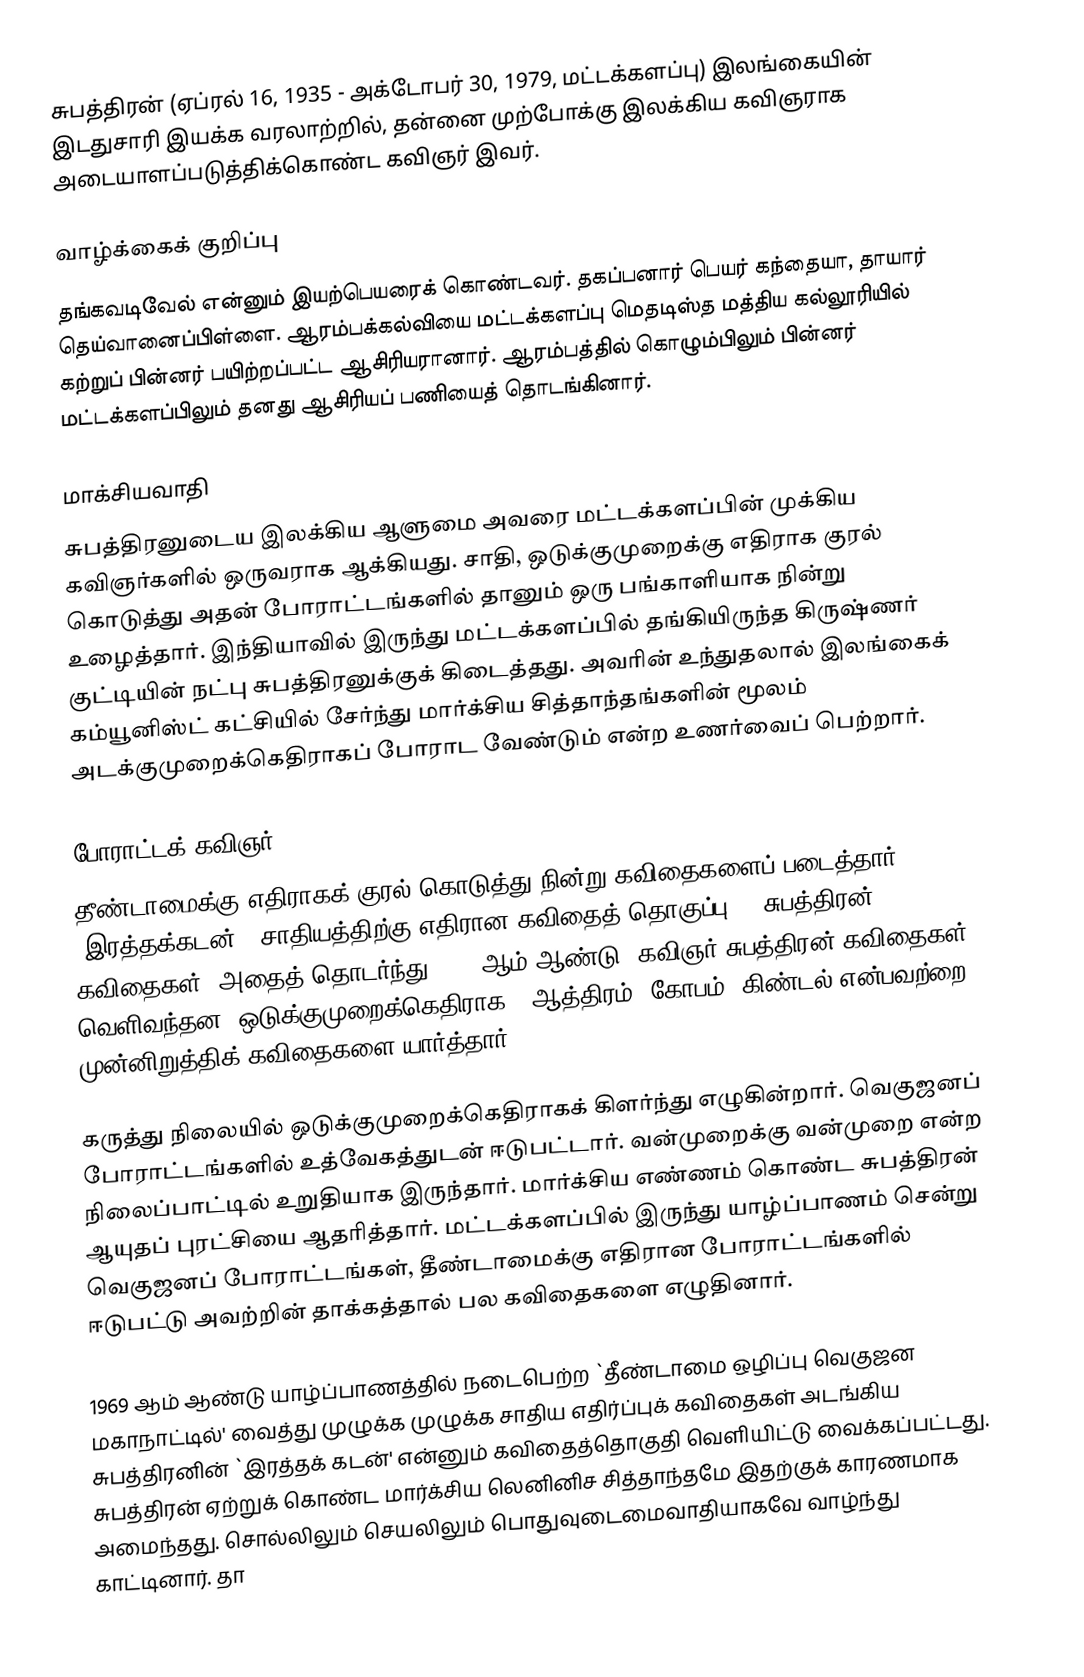
சுபத்திரன் (ஏப்ரல் 16, 1935 - அக்டோபர் 30, 1979, மட்டக்களப்பு) இலங்கையின் இடதுசாரி இயக்க வரலாற்றில், தன்னை முற்போக்கு இலக்கிய கவிஞராக அடையாளப்படுத்திக்கொண்ட கவிஞர் இவர்.

வாழ்க்கைக் குறிப்பு
தங்கவடிவேல் என்னும் இயற்பெயரைக் கொண்டவர். தகப்பனார் பெயர் கந்தையா, தாயார் தெய்வானைப்பிள்ளை. ஆரம்பக்கல்வியை மட்டக்களப்பு மெதடிஸ்த மத்திய கல்லூரியில் கற்றுப் பின்னர் பயிற்றப்பட்ட ஆசிரியரானார். ஆரம்பத்தில் கொழும்பிலும் பின்னர் மட்டக்களப்பிலும் தனது ஆசிரியப் பணியைத் தொடங்கினார்.

மாக்சியவாதி
சுபத்திரனுடைய இலக்கிய ஆளுமை அவரை மட்டக்களப்பின் முக்கிய கவிஞர்களில் ஒருவராக ஆக்கியது. சாதி, ஒடுக்குமுறைக்கு எதிராக குரல் கொடுத்து அதன் போராட்டங்களில் தானும் ஒரு பங்காளியாக நின்று உழைத்தார். இந்தியாவில் இருந்து மட்டக்களப்பில் தங்கியிருந்த கிருஷ்ணர் குட்டியின் நட்பு சுபத்திரனுக்குக் கிடைத்தது. அவரின் உந்துதலால் இலங்கைக் கம்யூனிஸ்ட் கட்சியில் சேர்ந்து மார்க்சிய சித்தாந்தங்களின் மூலம் அடக்குமுறைக்கெதிராகப் போராட வேண்டும் என்ற உணர்வைப் பெற்றார்.

போராட்டக் கவிஞர்
தீண்டாமைக்கு எதிராகக் குரல் கொடுத்து நின்று கவிதைகளைப் படைத்தார். `இரத்தக்கடன்' (சாதியத்திற்கு எதிரான கவிதைத் தொகுப்பு), `சுபத்திரன் கவிதைகள்' அதைத் தொடர்ந்து 2002 ஆம் ஆண்டு `கவிஞர் சுபத்திரன் கவிதைகள்' வெளிவந்தன. ஒடுக்குமுறைக்கெதிராக - ஆத்திரம், கோபம், கிண்டல் என்பவற்றை முன்னிறுத்திக் கவிதைகளை யார்த்தார்.

கருத்து நிலையில் ஒடுக்குமுறைக்கெதிராகக் கிளர்ந்து எழுகின்றார். வெகுஜனப் போராட்டங்களில் உத்வேகத்துடன் ஈடுபட்டார். வன்முறைக்கு வன்முறை என்ற நிலைப்பாட்டில் உறுதியாக இருந்தார். மார்க்சிய எண்ணம் கொண்ட சுபத்திரன் ஆயுதப் புரட்சியை ஆதரித்தார். மட்டக்களப்பில் இருந்து யாழ்ப்பாணம் சென்று வெகுஜனப் போராட்டங்கள், தீண்டாமைக்கு எதிரான போராட்டங்களில் ஈடுபட்டு அவற்றின் தாக்கத்தால் பல கவிதைகளை எழுதினார்.

1969 ஆம் ஆண்டு யாழ்ப்பாணத்தில் நடைபெற்ற `தீண்டாமை ஒழிப்பு வெகுஜன மகாநாட்டில்' வைத்து முழுக்க முழுக்க சாதிய எதிர்ப்புக் கவிதைகள் அடங்கிய சுபத்திரனின் `இரத்தக் கடன்' என்னும் கவிதைத்தொகுதி வெளியிட்டு வைக்கப்பட்டது. சுபத்திரன் ஏற்றுக் கொண்ட மார்க்சிய லெனினிச சித்தாந்தமே இதற்குக் காரணமாக அமைந்தது. சொல்லிலும் செயலிலும் பொதுவுடைமைவாதியாகவே வாழ்ந்து காட்டினார். தா